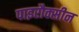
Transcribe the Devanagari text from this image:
पाइरौक्सीन